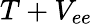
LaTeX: T+V_{ee}